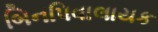
બિનપિવાલાયક